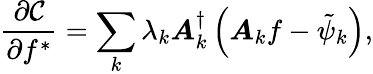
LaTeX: \frac{\partial\mathcal{C}}{\partial f^{*}}=\sum_{k}\lambda_{k}\boldsymbol{A}_{k}^{\dagger}\left(\boldsymbol{A}_{k}f-\tilde{\psi}_{k}\right),